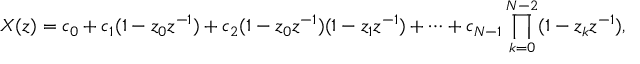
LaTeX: X ( z ) = c _ { 0 } + c _ { 1 } ( 1 - z _ { 0 } z ^ { - 1 } ) + c _ { 2 } ( 1 - z _ { 0 } z ^ { - 1 } ) ( 1 - z _ { 1 } z ^ { - 1 } ) + \cdots + c _ { N - 1 } \prod _ { k = 0 } ^ { N - 2 } ( 1 - z _ { k } z ^ { - 1 } ) ,